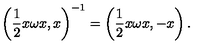
\left( \frac { 1 } { 2 } x \omega x , x \right) ^ { - 1 } = \left( \frac { 1 } { 2 } x \omega x , - x \right) .